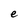
Character: e